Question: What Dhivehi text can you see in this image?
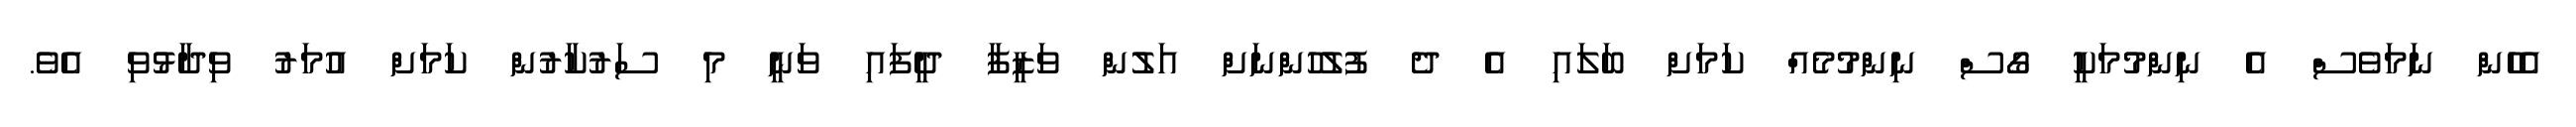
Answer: އެހެން ނަމަވެސް އެ ނިންމުމަކީ ގޯސް ނިންމުމެއް ކަމަށް ބަލައި އެ ދެ ފުލުހުންނަށް އަލުން ވަޒީފާ ދީފައި ވަނީ މި ސަރުކާރުން ކަމަށް އުމަރު ވިދާޅުވި އެވެ.